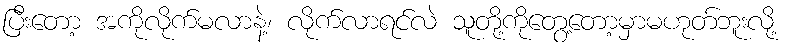
ပြီးတော့ အကိုလိုက်မလာနဲ့၊ လိုက်လာရင်လဲ သူတို့ကိုတွေ့တော့မှာမဟုတ်ဘူးလို့